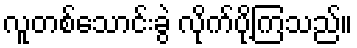
လူတစ်သောင်းခွဲ လိုက်ပို့ကြသည်။